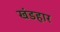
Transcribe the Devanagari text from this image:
खंडहार